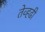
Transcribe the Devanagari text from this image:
तेव्हढी